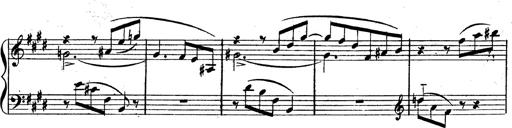
Title: 3 Caprices-Valses
Composer: Franz Liszt